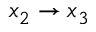
x _ { 2 } \rightarrow x _ { 3 }